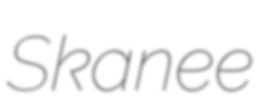
Skanee